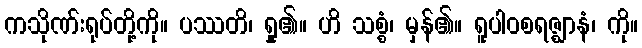
ကသိုဏ်းရုပ်တို့ကို။ ပဿတိ၊ ရှု၏။ ဟိ သစ္စံ၊ မှန်၏။ ရူပါဝစရဇ္ဈာနံ၊ ကို။